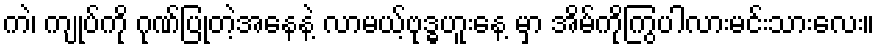
ကဲ၊ ကျုပ်ကို ဂုဏ်ပြုတဲ့အနေနဲ့ လာမယ့်ဗုဒ္ဓဟူးနေ့ မှာ အိမ်ကိုကြွပါလားမင်းသားလေး။